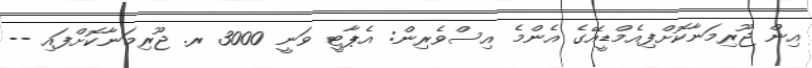
އިން ޖޫރިމަނާކޮށްފިއެމްޑީއޭގެ އެންމެ އިސްވެރިން: އެޕާޓީ ވަނީ 3000 ރ. ޖޫރިމަނާކޮށްފައި --